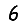
Digit: 6